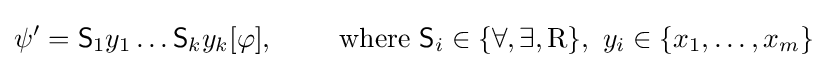
\psi '={\mathsf {S}}_{1}y_{1}\dots {\mathsf {S}}_{k}y_{k}[\varphi ],\qquad {\text{ where }}{\mathsf {S}}_{i}\in \{\forall ,\exists ,\mathrm {R} \},\ y_{i}\in \{x_{1},\dots ,x_{m}\}